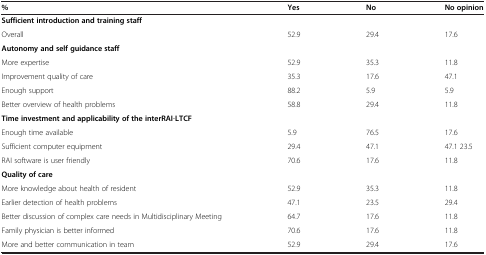
| % | Yes | No | No opinion |
 | --- | --- | --- | --- |
 | <COLSPAN=4> Sufficient introduction and training staff |
 | Overall | 52.9 | 29.4 | 17.6 |
 | <COLSPAN=4> Autonomy and self guidance staff |
 | More expertise | 52.9 | 35.3 | 11.8 |
 | Improvement quality of care | 35.3 | 17.6 | 47.1 |
 | Enough support | 88.2 | 5.9 | 5.9 |
 | Better overview of health problems | 58.8 | 29.4 | 11.8 |
 | <COLSPAN=4> Time investment and applicability of the interRAI-LTCF |
 | Enough time available | 5.9 | 76.5 | 17.6 |
 | Sufficient computer equipment | 29.4 | 47.1 | 47.1 23.5 |
 | RAI software is user friendly | 70.6 | 17.6 | 11.8 |
 | <COLSPAN=4> Quality of care |
 | More knowledge about health of resident | 52.9 | 35.3 | 11.8 |
 | Earlier detection of health problems | 47.1 | 23.5 | 29.4 |
 | Better discussion of complex care needs in Multidisciplinary Meeting | 64.7 | 17.6 | 11.8 |
 | Family physician is better informed | 70.6 | 17.6 | 11.8 |
 | More and better communication in team | 52.9 | 29.4 | 17.6 |